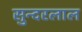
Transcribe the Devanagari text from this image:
सुन्‍दरलाल